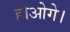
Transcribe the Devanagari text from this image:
होओगे।